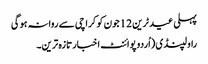
پہلی عید ٹرین 12جون کو کراچی سے روانہ ہوگی
راولپنڈی (اُردو پوائنٹ اخبارتازہ ترین۔